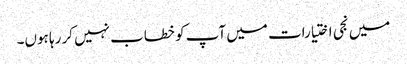
میں نجی اختیارات میں آپ کو خطاب نہیں کر رہا ہوں۔